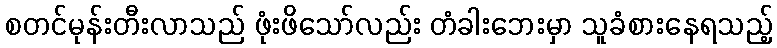
စတင်မုန်းတီးလာသည် ဖုံးဖိသော်လည်း တံခါးဘေးမှာ သူခံစားနေရသည့်